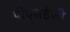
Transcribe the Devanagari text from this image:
पीएसईजी